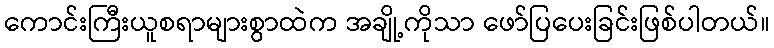
ကောင်းကြီးယူစရာများစွာထဲက အချို့ကိုသာ ဖော်ပြပေးခြင်းဖြစ်ပါတယ်။